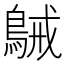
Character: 𪁫